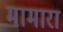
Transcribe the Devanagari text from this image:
मामारा